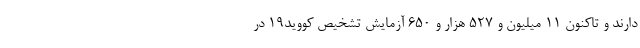
دارند و تاکنون ۱۱ میلیون و ۵۲۷ هزار و ۶۵۰ آزمایش تشخیص کووید۱۹ در